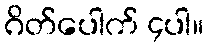
ဂိတ်ပေါက် ၄ပါ။